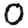
Digit: 0